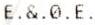
E.&.0.E.